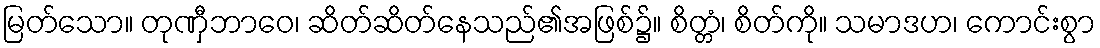
မြတ်သော။ တုဏှီဘာဝေ၊ ဆိတ်ဆိတ်နေသည်၏အဖြစ်၌။ စိတ္တံ၊ စိတ်ကို။ သမာဒဟ၊ ကောင်းစွာ